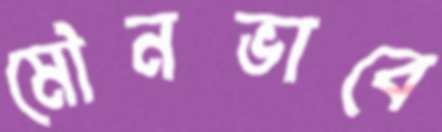
মৌনভাবে